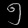
Digit: ၅